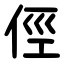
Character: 俓